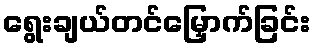
ရွေးချယ်တင်မြှောက်ခြင်း